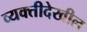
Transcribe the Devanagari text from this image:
व्यक्तीदेखील